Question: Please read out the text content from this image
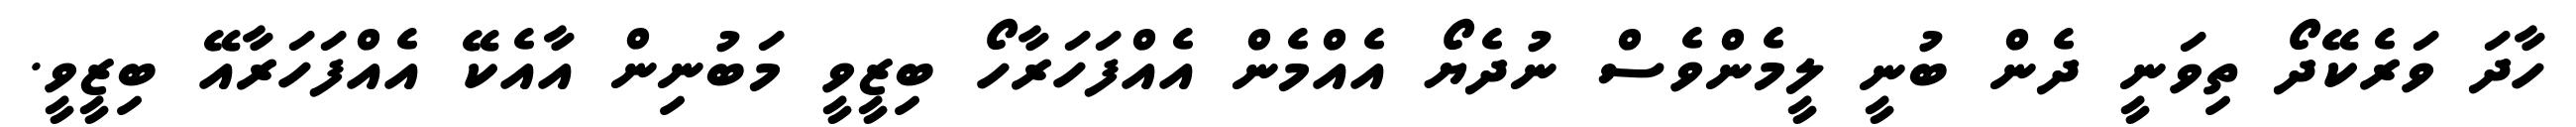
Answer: ހާދަ ވަރެކޭދޯ ތިވަނީ ދެން ބުނީ ލީމެންވެސް ނުދެޔޯ އެއްމެން އެއްފަހަރާހޯ ބިޒީވީ މަބުނިން އާއެކޭ އެއްފަހަރާއޭ ބިޒީވީ.